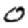
Digit: 0